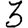
Digit: 3